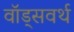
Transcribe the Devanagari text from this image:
वॉड्सवर्थ